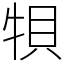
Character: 㸽